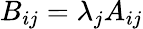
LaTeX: B_{ij}=\lambda_{j}A_{ij}